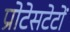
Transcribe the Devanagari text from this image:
प्रोटेसटेटों